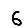
Digit: 6